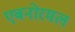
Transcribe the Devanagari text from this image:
एबनोरमल